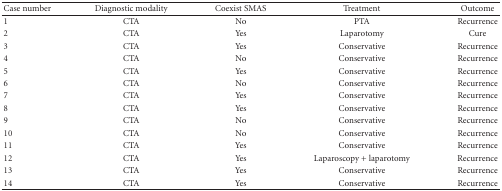
<table><thead><tr><td><b>Case number</b></td><td><b>Diagnostic modality</b></td><td><b>Coexist SMAS</b></td><td><b>Treatment</b></td><td><b>Outcome</b></td></tr></thead><tbody><tr><td>1</td><td>CTA</td><td>No</td><td>PTA</td><td>Recurrence</td></tr><tr><td>2</td><td>CTA</td><td>Yes</td><td>Laparotomy</td><td>Cure</td></tr><tr><td>3</td><td>CTA</td><td>Yes</td><td>Conservative</td><td>Recurrence</td></tr><tr><td>4</td><td>CTA</td><td>No</td><td>Conservative</td><td>Recurrence</td></tr><tr><td>5</td><td>CTA</td><td>Yes</td><td>Conservative</td><td>Recurrence</td></tr><tr><td>6</td><td>CTA</td><td>No</td><td>Conservative</td><td>Recurrence</td></tr><tr><td>7</td><td>CTA</td><td>Yes</td><td>Conservative</td><td>Recurrence</td></tr><tr><td>8</td><td>CTA</td><td>Yes</td><td>Conservative</td><td>Recurrence</td></tr><tr><td>9</td><td>CTA</td><td>No</td><td>Conservative</td><td>Recurrence</td></tr><tr><td>10</td><td>CTA</td><td>No</td><td>Conservative</td><td>Recurrence</td></tr><tr><td>11</td><td>CTA</td><td>Yes</td><td>Conservative</td><td>Recurrence</td></tr><tr><td>12</td><td>CTA</td><td>Yes</td><td>Laparoscopy + laparotomy</td><td>Recurrence</td></tr><tr><td>13</td><td>CTA</td><td>Yes</td><td>Conservative</td><td>Recurrence</td></tr><tr><td>14</td><td>CTA</td><td>Yes</td><td>Conservative</td><td>Recurrence</td></tr></tbody></table>